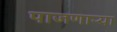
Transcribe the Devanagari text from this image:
पाजणाऱ्या